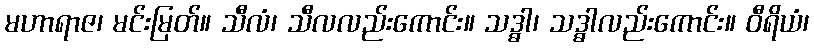
မဟာရာဇ၊ မင်းမြတ်။ သီလံ၊ သီလလည်းကောင်း။ သဒ္ဓါ၊ သဒ္ဓါလည်းကောင်း။ ဝီရိယံ၊